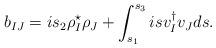
LaTeX: \begin{align*}b_{IJ}=is_2 \rho_I^\star \rho_J +\int_{s_1}^{s_3} is v_I^\dagger v_J ds.\end{align*}